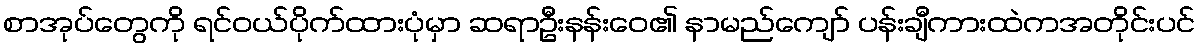
စာအုပ်တွေကို ရင်ဝယ်ပိုက်ထားပုံမှာ ဆရာဦးနန်းဝေ၏ နာမည်ကျော် ပန်းချီကားထဲကအတိုင်းပင်